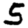
Digit: 5